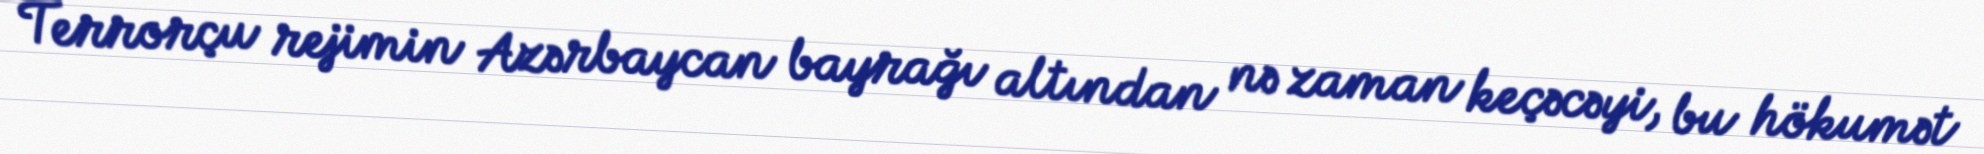
Terrorçu rejimin Azərbaycan bayrağı altından nə zaman keçəcəyi, bu hökumət